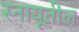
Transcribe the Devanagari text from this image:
स्नायूतील